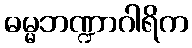
ဓမ္မဘဏ္ဍာဂါရိက